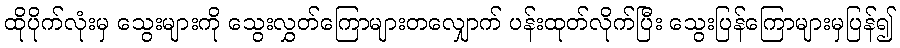
ထိုပိုက်လုံးမှ သွေးများကို သွေးလွှတ်ကြောများတလျှောက် ပန်းထုတ်လိုက်ပြီး သွေးပြန်ကြောများမှပြန်၍